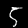
Digit: 5